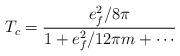
LaTeX: \begin{align*}T_c = \frac{e_{f}^2 / 8 \pi}{1 + e_{f}^2 / 12 \pi m + \cdots}\end{align*}